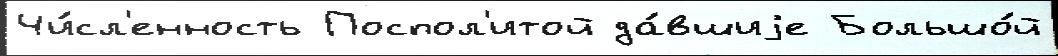
Чи́сл'енность Поспол'итой да́вшиjе Большо́й